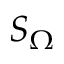
S _ { \Omega }